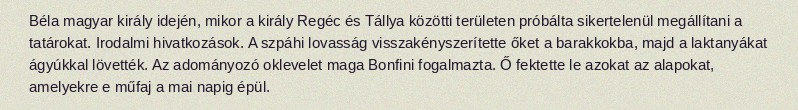
Béla magyar király idején, mikor a király Regéc és Tállya közötti területen próbálta sikertelenül megállítani a tatárokat. Irodalmi hivatkozások. A szpáhi lovasság visszakényszerítette őket a barakkokba, majd a laktanyákat ágyúkkal lövették. Az adományozó oklevelet maga Bonfini fogalmazta. Ő fektette le azokat az alapokat, amelyekre e műfaj a mai napig épül.